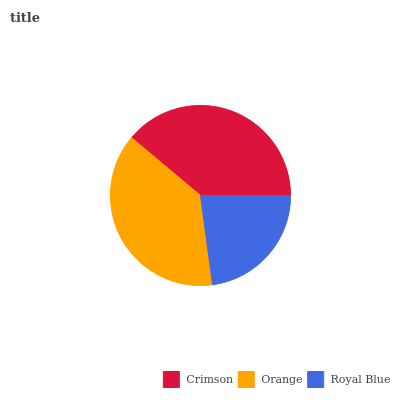
| Crimson | Orange | Royal Blue |
 | --- | --- | --- |
 | 38.9% | 38.2% | 22.9% |